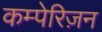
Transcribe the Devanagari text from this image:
कम्पेरिज़न